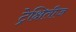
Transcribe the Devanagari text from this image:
ट्रेक्षितीज